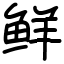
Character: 鲜